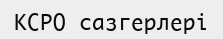
КСРО сазгерлері